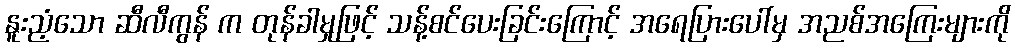
နူးညံ့သော ဆီလီကွန် က တုန်ခါမှုဖြင့် သန့်စင်ပေးခြင်းကြောင့် အရေပြားပေါ်မှ အညစ်အကြေးများကို